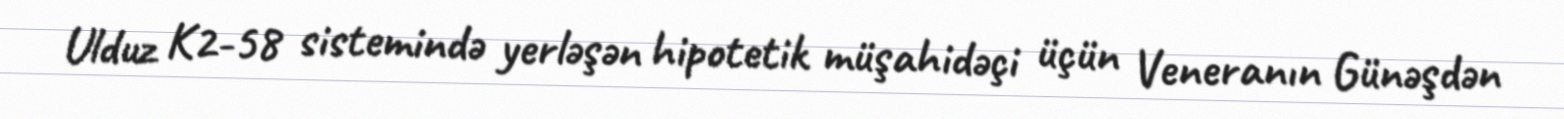
Ulduz K2-58 sistemində yerləşən hipotetik müşahidəçi üçün Veneranın Günəşdən